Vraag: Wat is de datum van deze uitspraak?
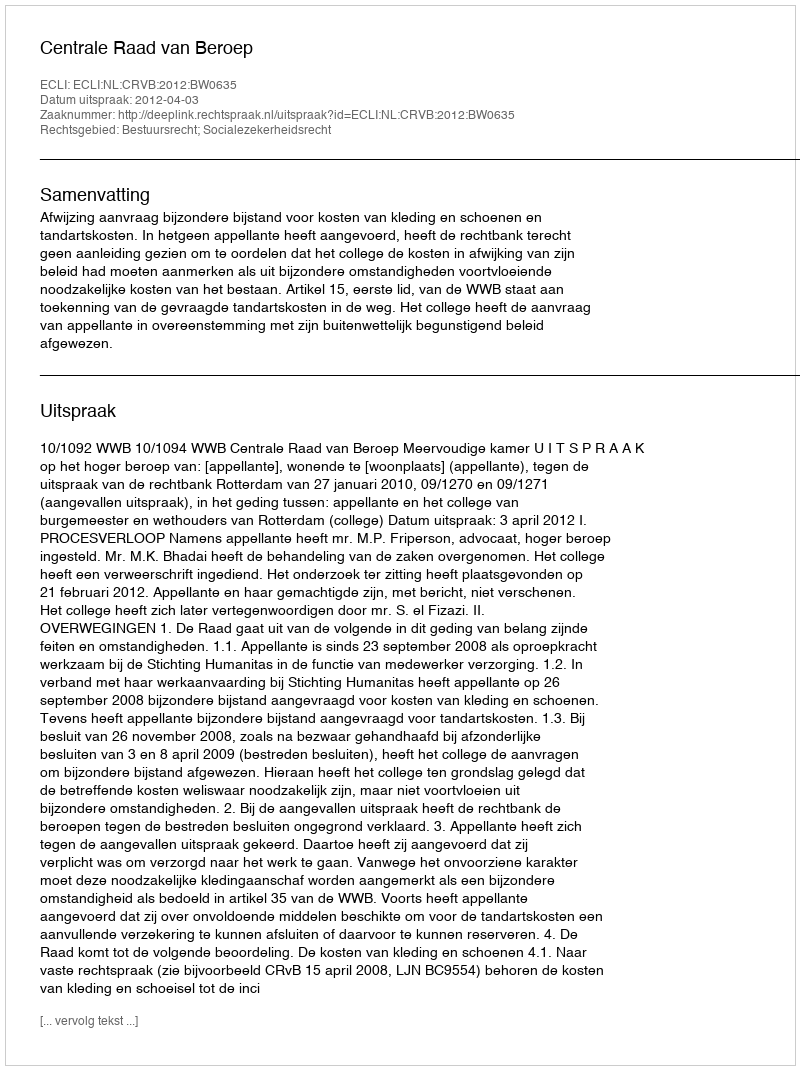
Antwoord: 2012-04-03